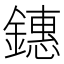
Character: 鏸